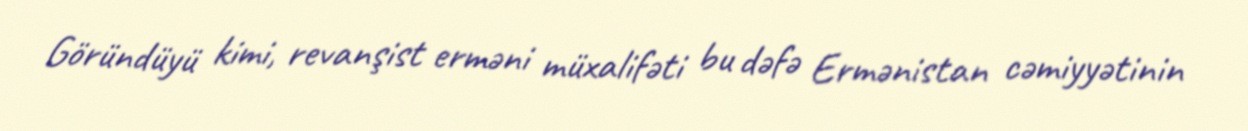
Göründüyü kimi, revanşist erməni müxalifəti bu dəfə Ermənistan cəmiyyətinin